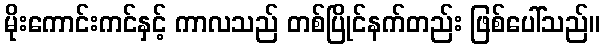
မိုးကောင်းကင်နှင့် ကာလသည် တစ်ပြိုင်နက်တည်း ဖြစ်ပေါ်သည်။